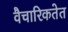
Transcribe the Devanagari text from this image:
वैचारिकतेत